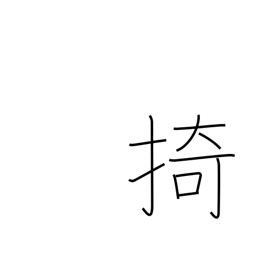
Meaning: hold back